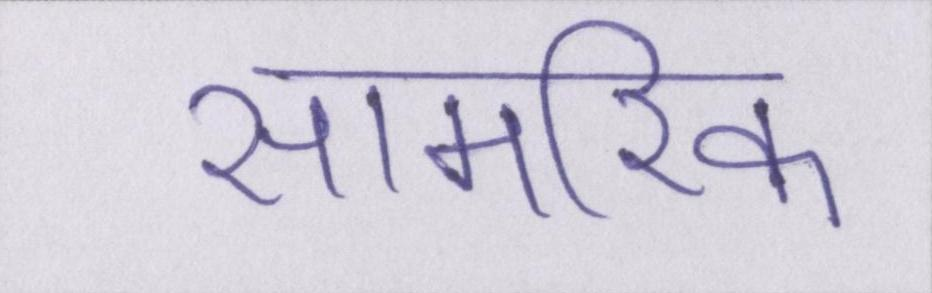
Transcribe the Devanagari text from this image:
सामरिक